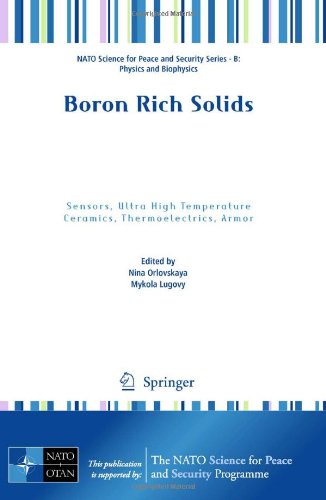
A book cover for Boron Rich Solids: Sensors, Ultra High Temperature Ceramics, Thermoelectrics, Armor (NATO Science for Peace and Security Series B: Physics and Biophysics); Engineering & Transportation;